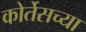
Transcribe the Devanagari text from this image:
कोर्तेसच्या